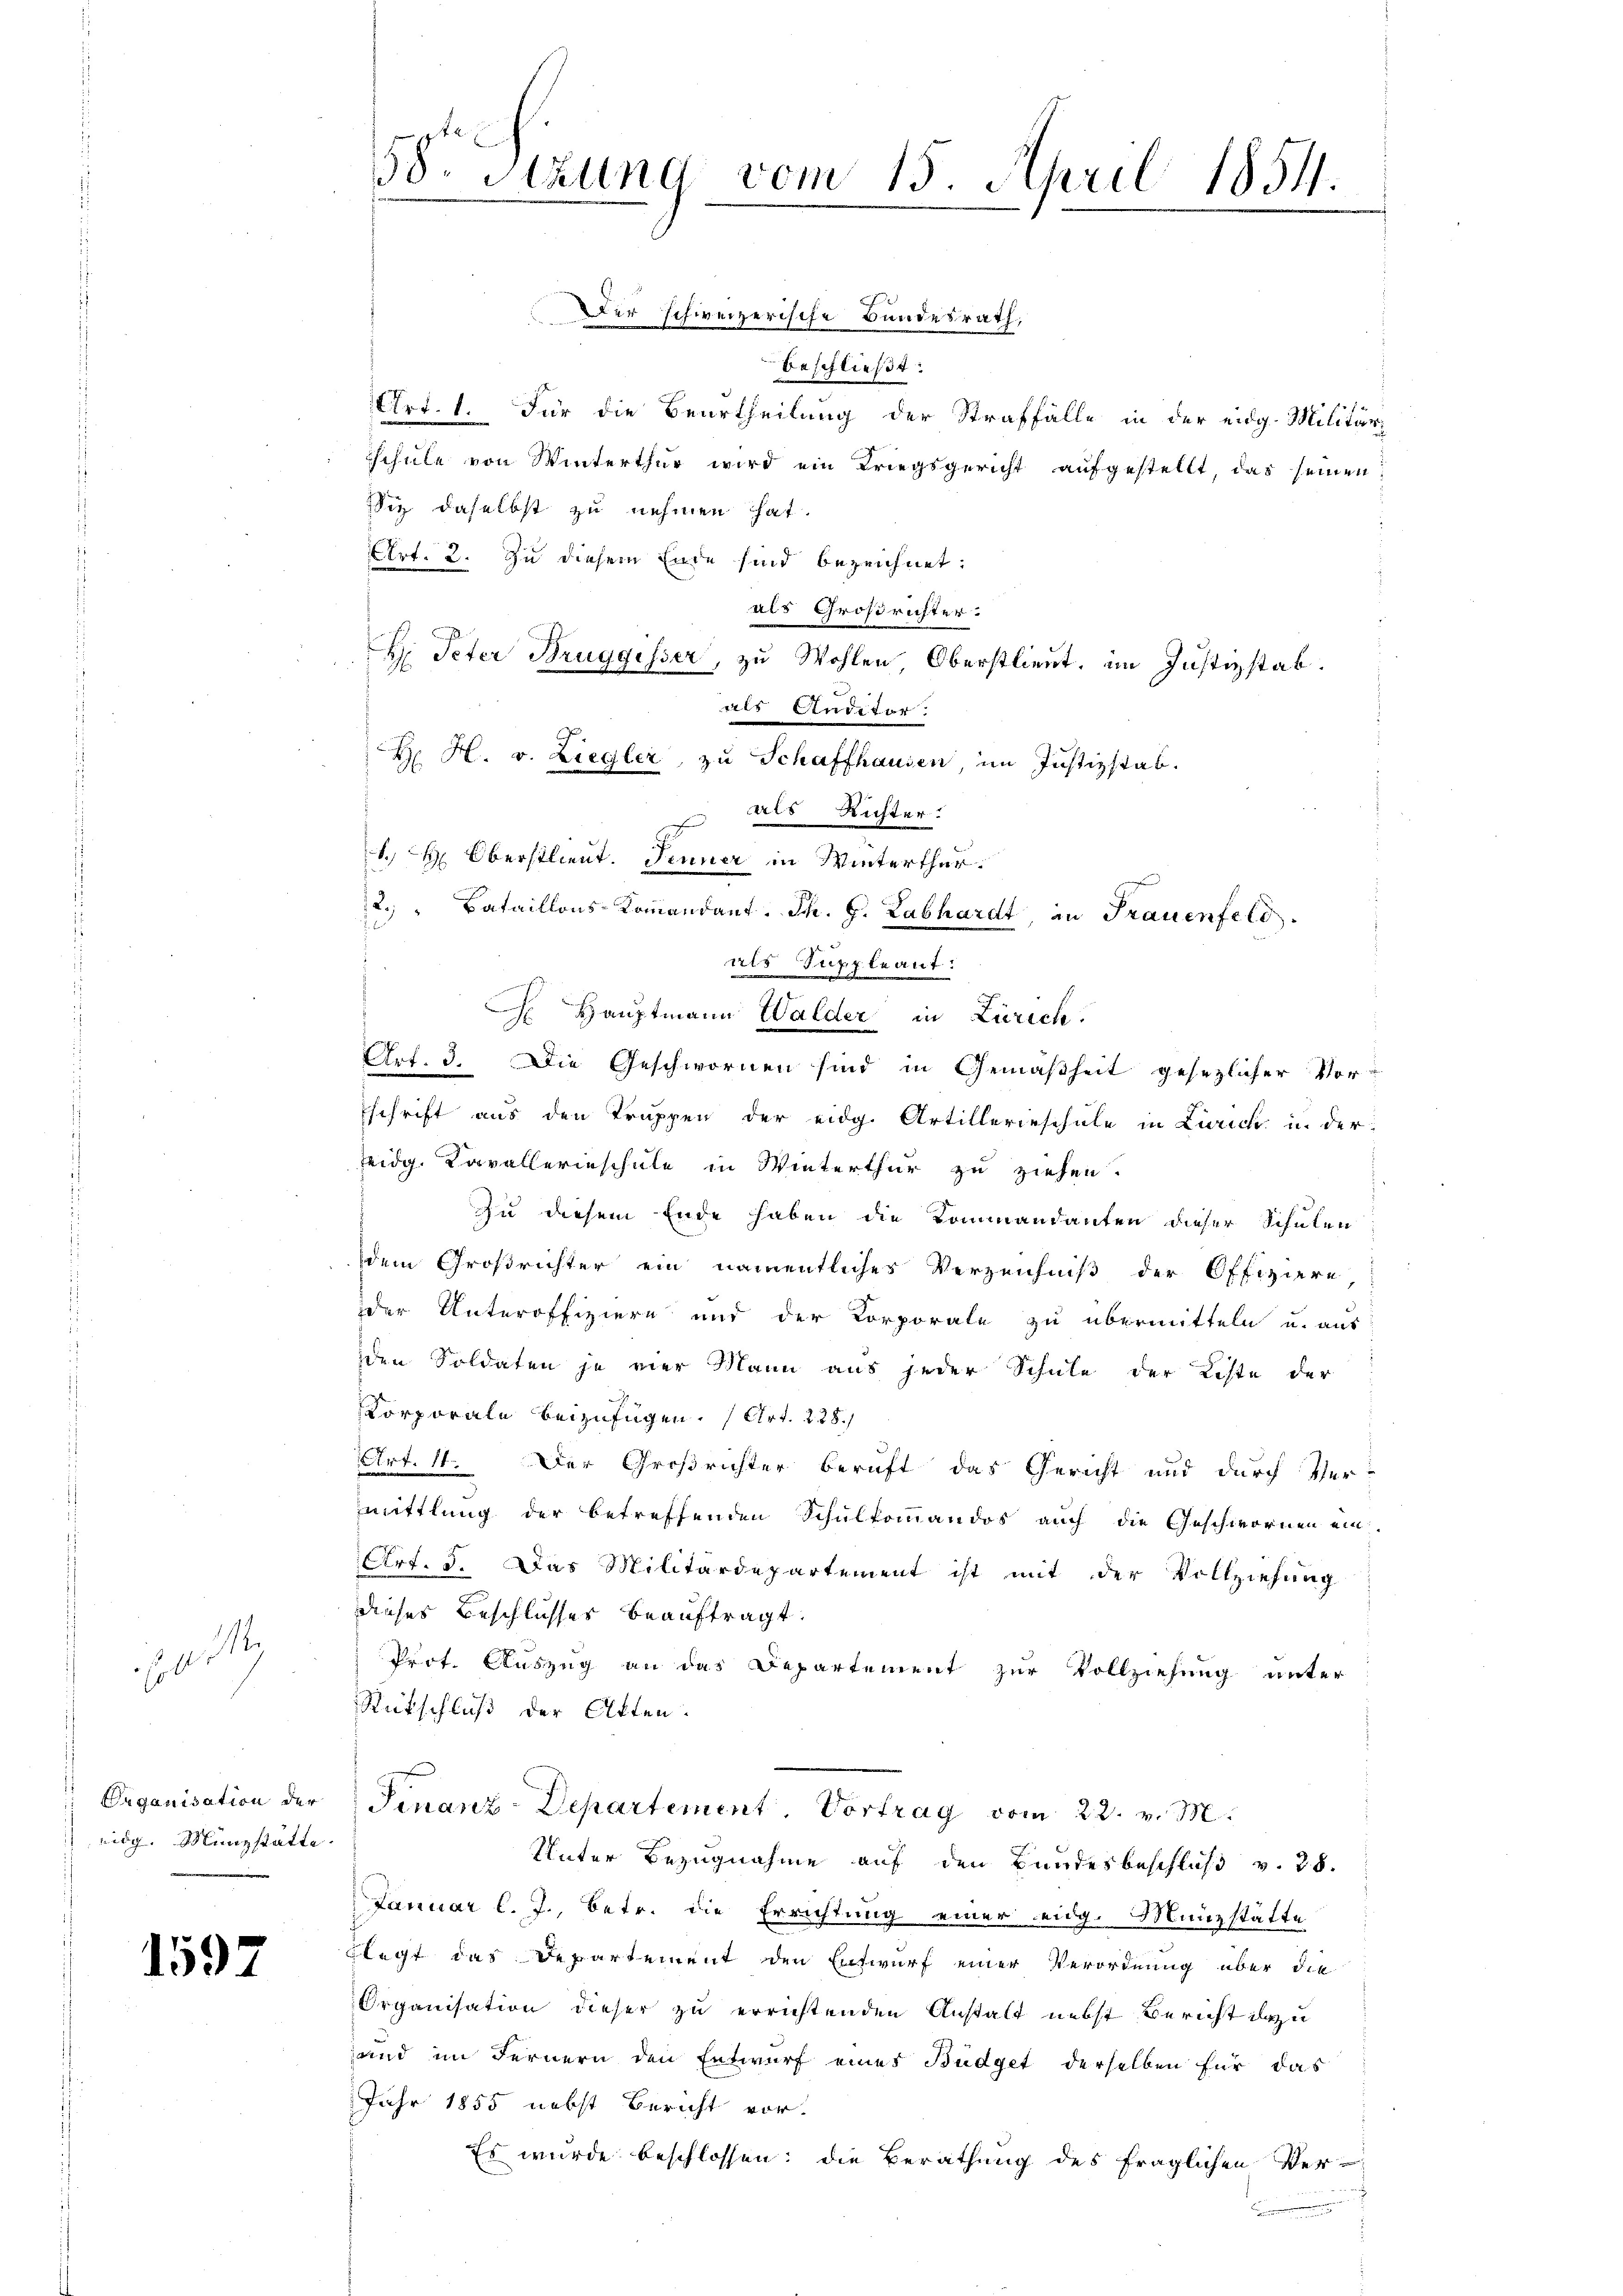
eidg. Münzstätte.

garte

1597

158. Sitzung vom 15. April 1854.

Der schweizerische Bundesrath,
beschließt:
Art. 1. Für die Beurtheilung der Straffälle in der eidg. Militär-
Schule von Winterthur wird ein Kriegsgericht aufgestellt, das seinen
Sie daselbst zu nehmen hat.
Art. 2. Zu diesem Ende sind bezeichnet:
als Großrichter.
H: Peter Bruggisser, zu Wohlen Oberstlieut, im Justizstab.
als Anditor
 als Richter.
1. Oberstlieut. Jenner in Winterthur.
2. " Bataillons-Kommandant. Th. H. Labhardt, in Frauenfeld
als Suppleant.
Hauptmann Walder in Zürich.
Art. 3. Die Geschwornen sind in Gemäßheit gesezlicher Vor-
Eschrift aus den Truppen der eidg. Artillerieschule in Zürich u. der
Teidg. Kavallerinschule in Winterthur zu ziehen.
zu diesem Ende haben die Kommandanten dieser Schulen
dem Großrichter ein namentliches Verzeichniß der Offiziere,
der Unteroffiziere und der Korporate zu übermitteln u. aus
den Soldaten je vier Mann aus jeder Schule der Liste der
Korporale beizufügen. (Art. 228.
Art. 11. Der Großrichter beruft das Gericht und durch Vermittlung der betreffenden Schulkommandos auch die Geschwornen ein
Art. 5. Das Militärdepartement ist mit der Vollziehung
dieses Beschlusses beauftragt.
Prot. Auszug an das Departement zur Vollziehung unter
Rückschluß der Atten.
Organisation der Finanz-Departement. Vortrag vom 22. v. M.
Unter Bezugnahme auf den Bundesbeschluß v. 28.
Januar l. J., betr. die Errichtung einer eidg. Münzstätte
flegt das Departement den Entwurf einer Verordnung über die
Organisation dieser zu errichtenden Anstalt nebst Bericht dazu
and im Fernern den Entwurf eines Budget derselben für das
Jahr 1855 nebst Bericht vor.
Es wurde beschlossen: die Berathung des fraglichen Ver-

H H. v. Liegler zu Schaffhausen, im Justizstab.